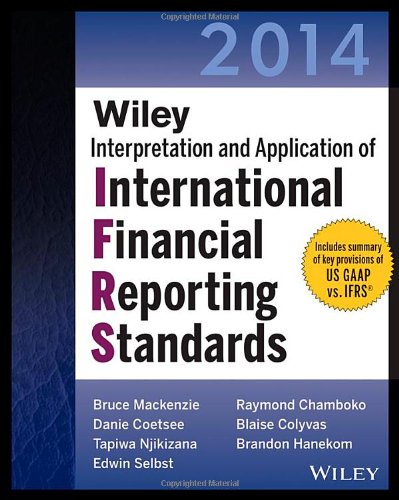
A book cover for Wiley IFRS 2014: Interpretation and Application of International Financial Reporting Standards (Wiley Regulatory Reporting); Bruce Mackenzie; Business & Money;